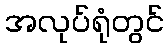
အလုပ်ရုံတွင်